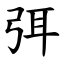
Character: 弭